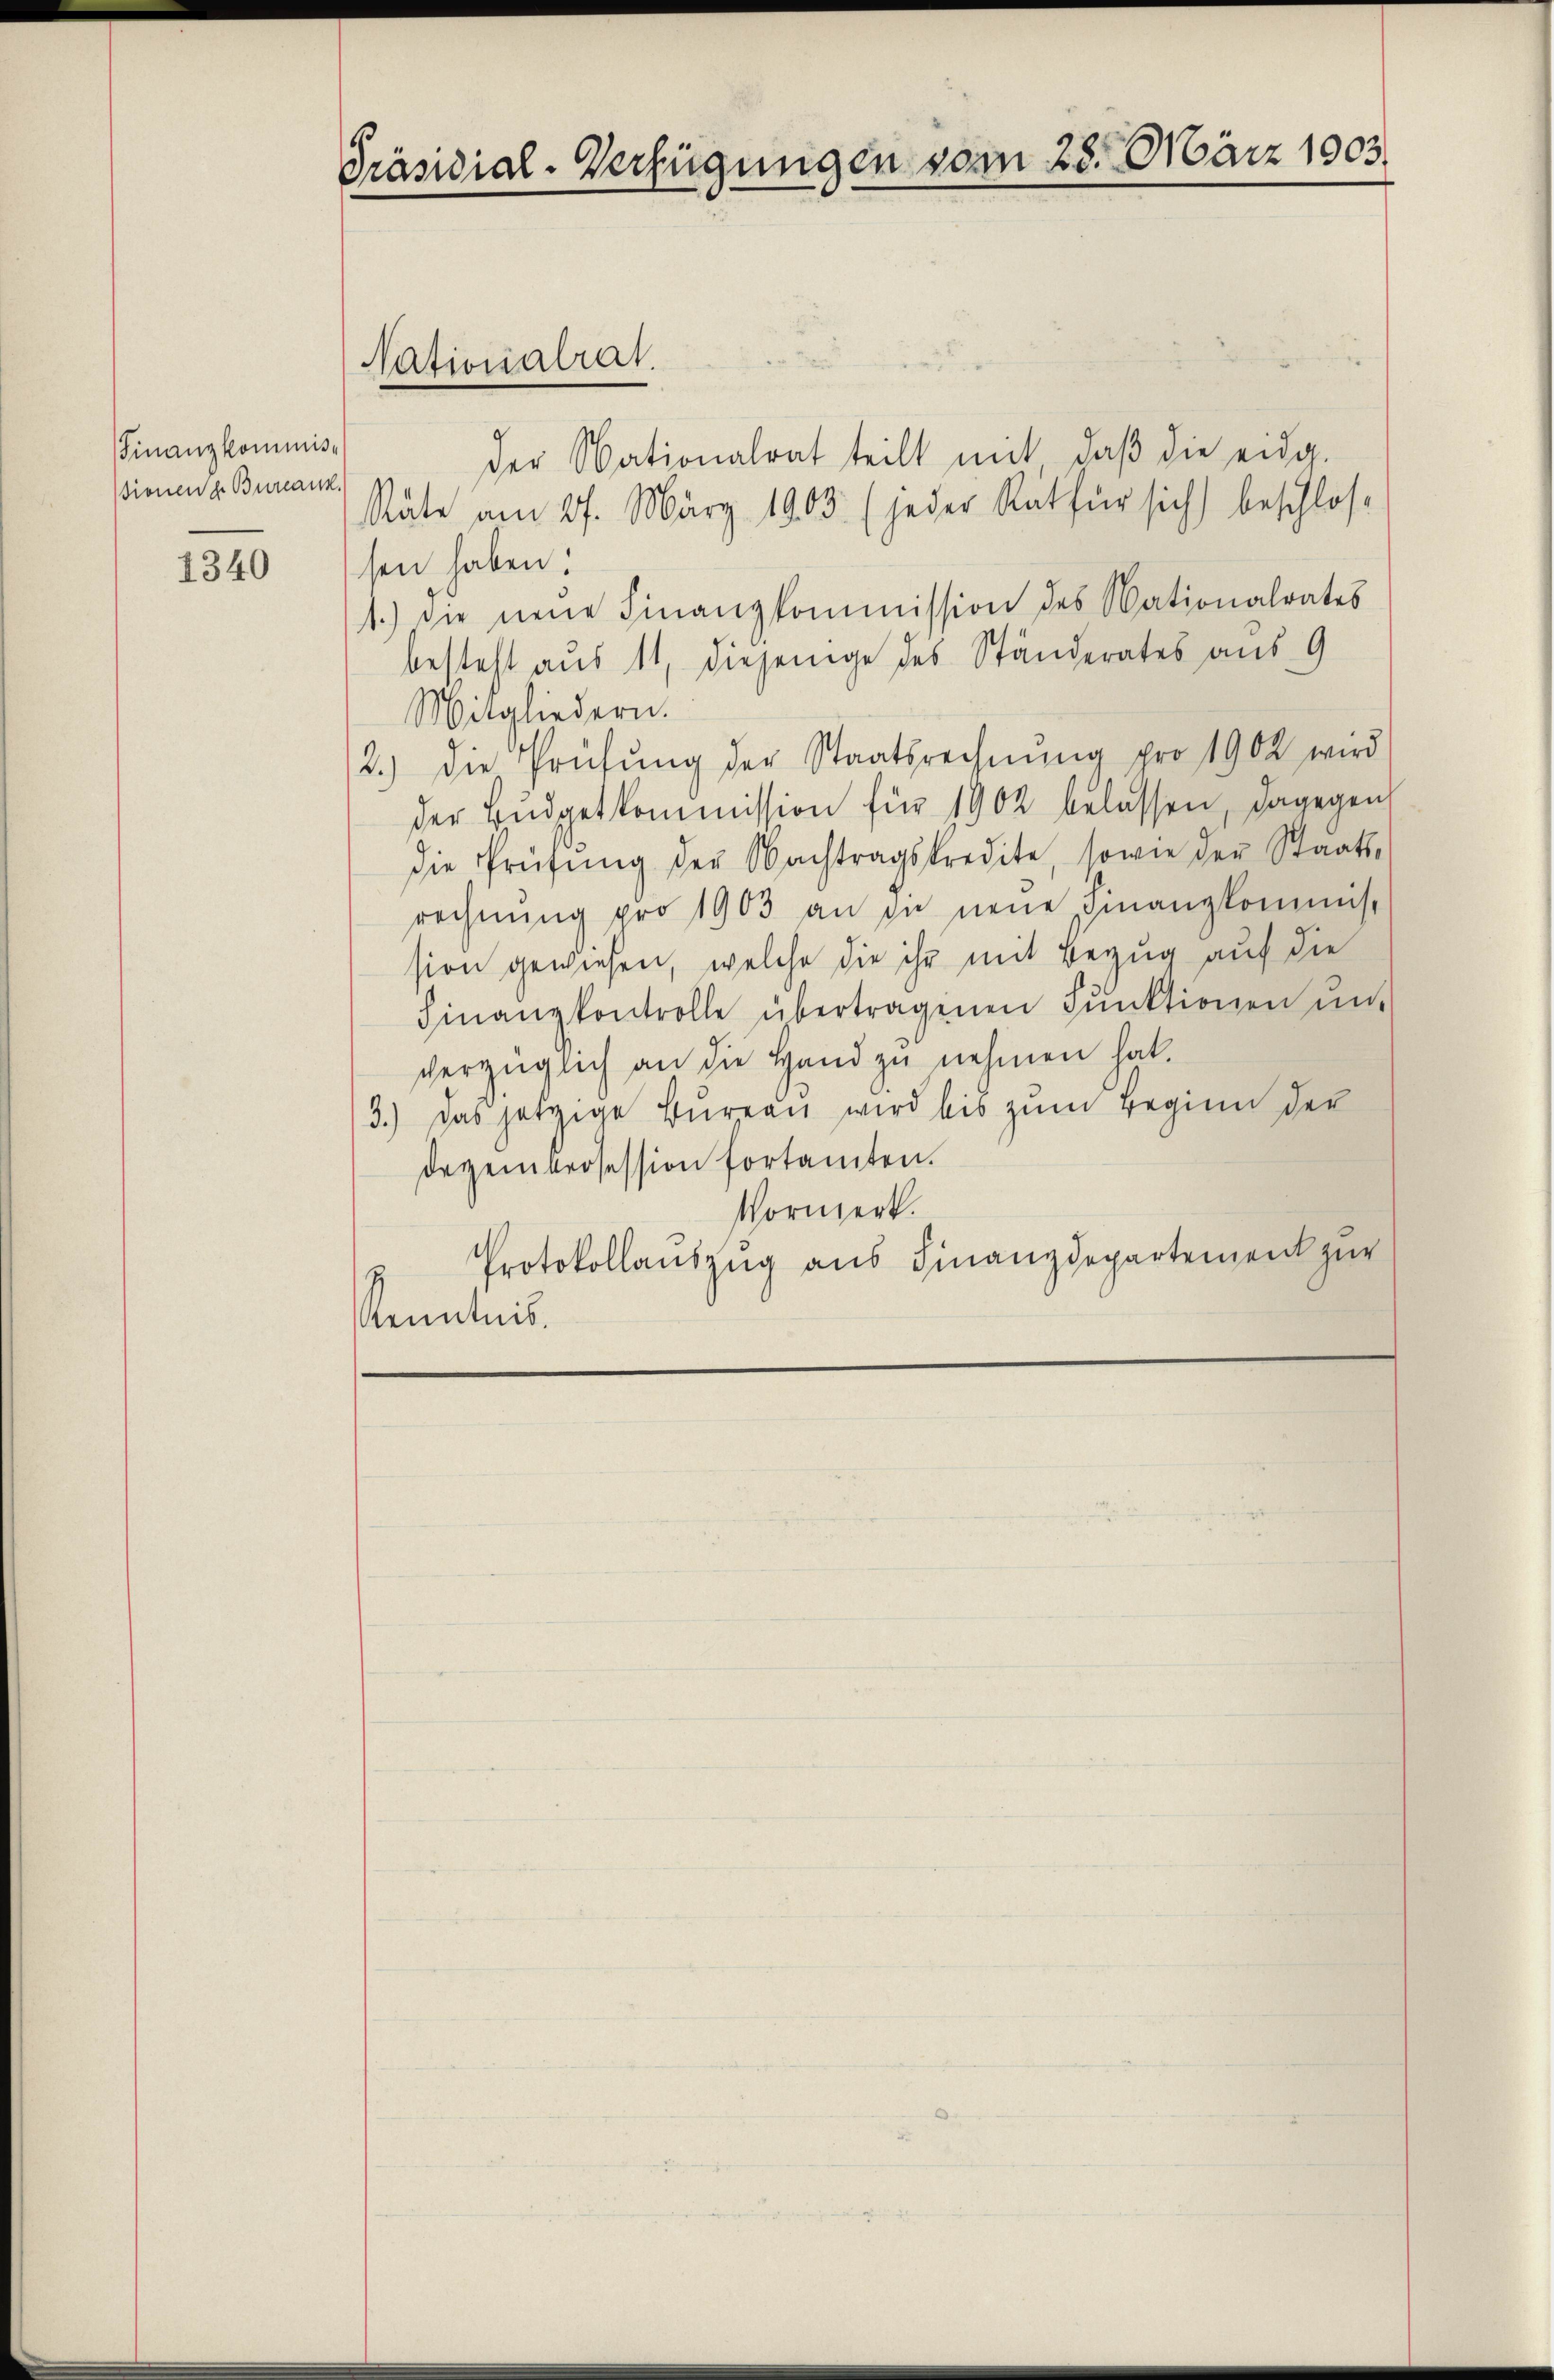
Finanzkommissionen z. Bureauk.

1340

Präsidial-Verfügungen vom 28. März 1903.

der Nationalrat teilt mit daβ die eidg.
Stäte am 27. März 1903. (jeder Rat für sich beschlos
sen haben.
1.) die neue Finanzkommission des Nationalrates
besteht aus 11, diejenige des Ständerates aus 9
Magliedern.
2.) Die Prüfung der Staatsrechnŭng pro 1902 wird
der Bŭdgetkommission für 1902 belassen, dagegen
die Prüfŭng der Nachtragskredite, sowie der Staats-
rechnŭng pro 1903 an in neue Finanzkommis-
sion gewiesen, welche die ihr mit Bezug auf die
Finanzkontrolle übertragenen Pŭnktionen ŭnt
verzüglich an die Hand zu nehmen hat.
3.) Das jetzige Bureau wird bis zŭm Beginn der
dezembrosession fortamten.
Vormerk.
Protokollauszug aus Finanzdepartement zur
Kenntnis.

Nationalrat